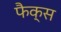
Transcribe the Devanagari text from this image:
फैक्‍स